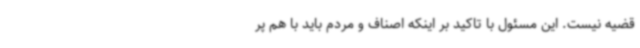
قضیه نیست. این مسئول با تاکید بر اینکه اصناف و مردم باید با هم پر